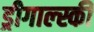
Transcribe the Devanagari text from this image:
ड्रीगाल्स्की